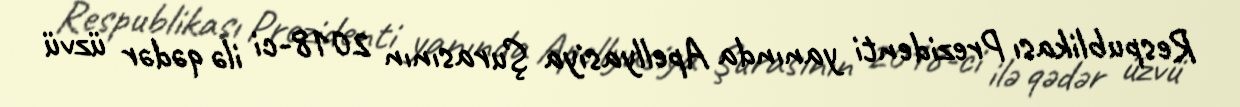
Respublikası Prezidenti yanında Apellyasiya Şurasının 2018-ci ilə qədər üzvü